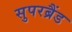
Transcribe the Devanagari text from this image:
सुपरब्रैंड